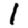
Digit: 1